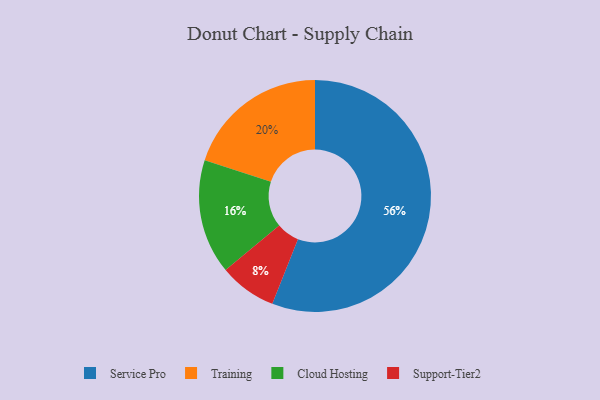
{"axis": {"x": "Category", "y": "Percentage"}, "legend": ["Cloud Hosting", "Service Pro", "Support-Tier2", "Training"], "data": [{"x": "Support-Tier2", "y": 8, "type": "Support-Tier2"}, {"x": "Service Pro", "y": 56, "type": "Service Pro"}, {"x": "Training", "y": 20, "type": "Training"}, {"x": "Cloud Hosting", "y": 16, "type": "Cloud Hosting"}]}